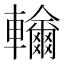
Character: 𨏤